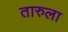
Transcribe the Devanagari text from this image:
तारुला